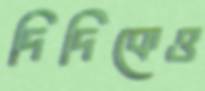
দিদিকেও